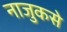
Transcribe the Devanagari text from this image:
नाजुकसे